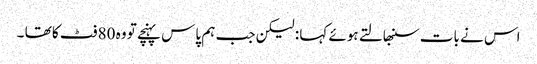
اس نے بات سنبھالتے ہوئے کہا : لیکن جب ہم پاس پہنچے تو وہ 80 فٹ کا تھا ۔